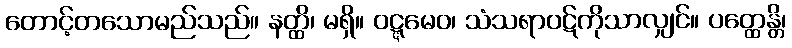
တောင့်တသောမည်သည်။ နတ္ထိ၊ မရှိ။ ဝဋ္ဋမေဝ၊ သံသရာဝဋ်ကိုသာလျှင်။ ပတ္ထေန္တိ၊